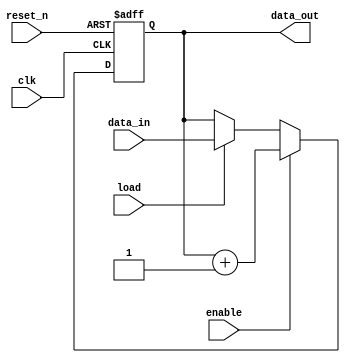
module up_counter(input[3:0] data_in, input clk, enable, load, reset_n, output reg [3:0] data_out );

    always @(posedge clk or negedge reset_n)begin
        if(!reset_n)
            data_out <= 'b0;
        else if(enable)
            data_out <= data_out + 1;
        else if(load)
            data_out <= data_in;
    end

endmodule